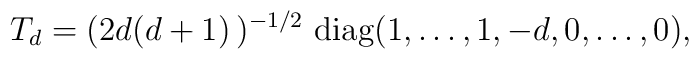
T_d = ( 2d(d +1)\, )^{-1/2}\ {\rm diag} (1,\ldots,1, -d,0,\ldots,0),